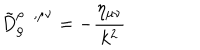
\tilde { D } _ { \rho } ^ { \rho \; \; , \mu \nu } = - \frac { \eta _ { \mu \nu } } { k ^ { 2 } }